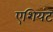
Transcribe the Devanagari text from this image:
एशियंट